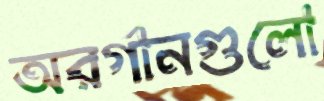
অরর্গানগুলো